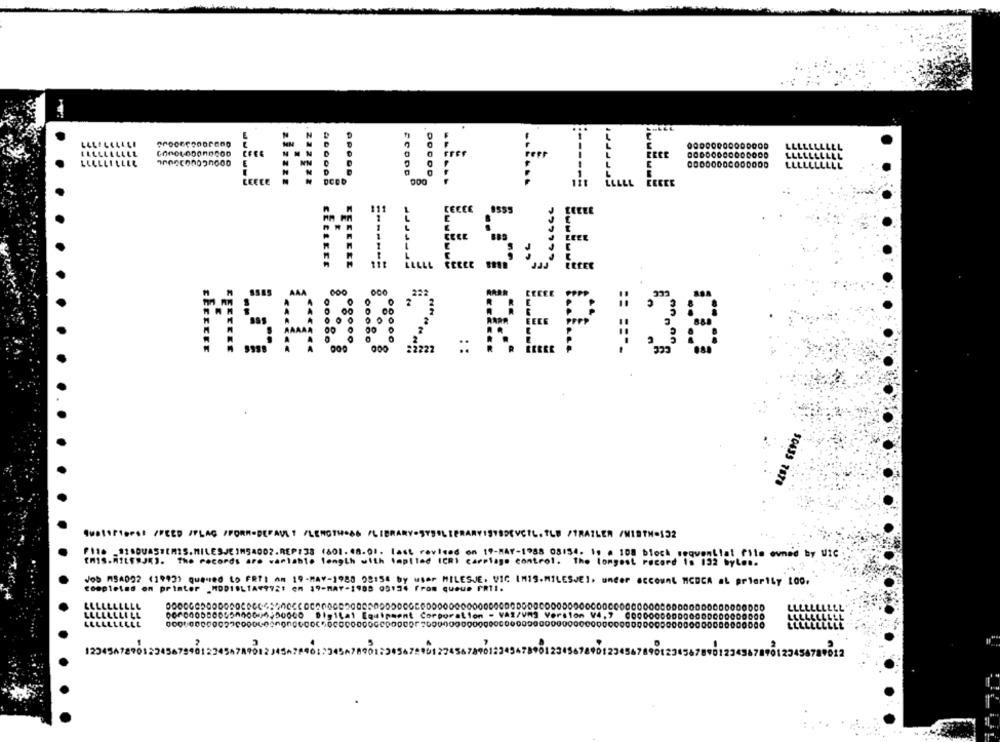
LLLLLLLLEL
END OF FILE
MILESJE
MSA002 .REP#38
50435 7878
quatorforst /FEED /FLAG /FORM-DEFAULT /LENGTHS66 /LIBRAR
PEVCIL. TLF /TRAILER /WIRTH.132
F118-1180UASTEMIS.MILESJEIM54002.REP138 (801.48.01. last revised on 19-MAY-1988 08154. 1. . 108 block sequential film owned by UiC
EMIS.MILF"JEJ. The records are variable length with tapiled ICRI carriage control. The longest record is 132 byles.
Job MSA022 (1993) quened to FRTI An 19-MAY-1988 08:54 by user MILESJE. VIC IM19.MILESJEI. under account MCDCA al priority 100.
completed on printer .MDD19LIA#972: en 19-MAY-1905 05:34 From queue FRIl.
LLLLLLLLLL
LLLLLLLILL
000000580065000004150000 Digital Equipment Corporation - VAZ/Um3 Version V4,7 000000000000000000000000
LLLLLLLLLL
LELLLLLLLL
12345A787012245679901224
23456789012